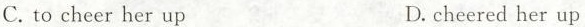
C.to cheer her up D.cheered her up